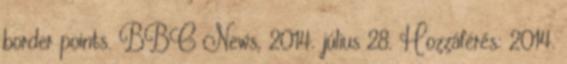
border points. BBC News, 2014. július 28. Hozzáférés: 2014.